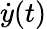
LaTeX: {\dot{y}}(t)